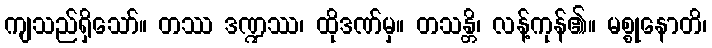
ကျသည်ရှိသော်။ တဿ ဒဏ္ဍဿ၊ ထိုဒဏ်မှ။ တသန္တိ၊ လန့်ကုန်၏။ မစ္စုနောတိ၊